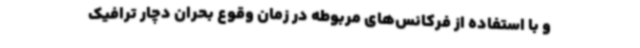
و با استفاده از فرکانس‌های مربوطه در زمان ‌وقوع بحران دچار ترافیک